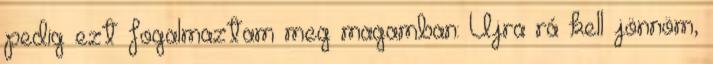
pedig ezt fogalmaztam meg magamban: Újra rá kell jönnöm,